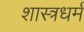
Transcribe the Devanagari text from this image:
शास्त्रधर्म